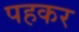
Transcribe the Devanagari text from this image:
पहकर